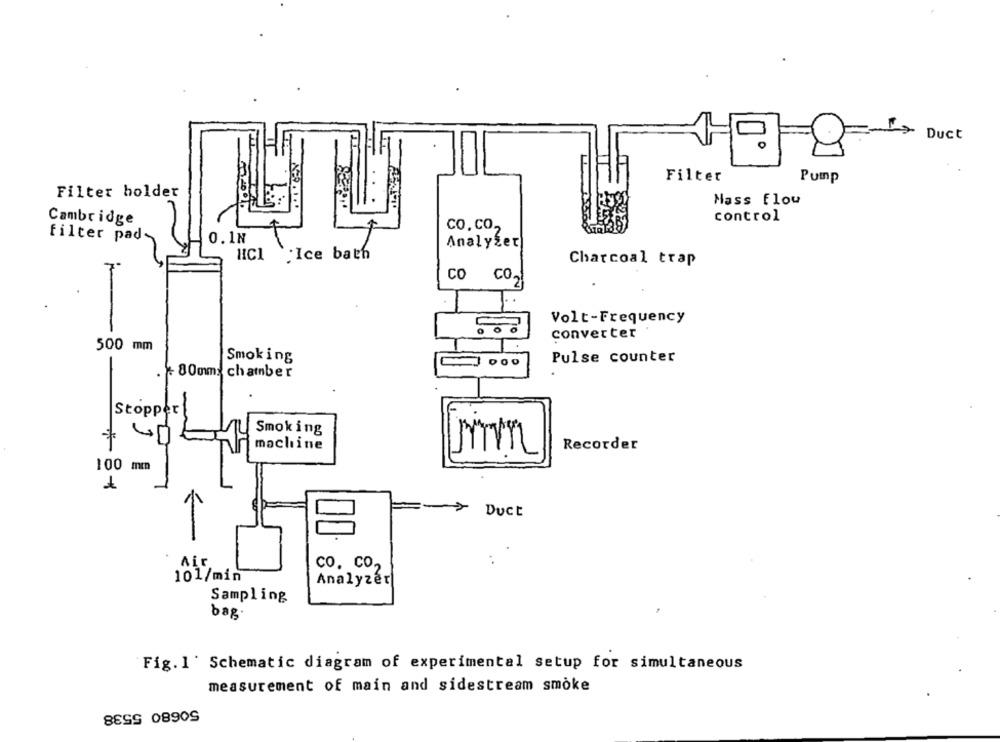
Duct
Filter
Pump
Filter holder
Mass flou
Cambridge
control
co. co.
filter pad
0.1N
Analyzer
HCI Ice bath
Charcoal trap
co co2
Volt-Frequency
00
converter
500 mm
-
Smoking
Pulse counter
- 80mm: chamber
Stopper
Smoking
machine
Recorder
100 mm
Duct
Air
co. co,
..
101/min
Analyzer
Sampling
bag
Fig. 1 ' Schematic diagram of experimental setup for simultaneous
measurement of main and sidestream smoke
50680 5538